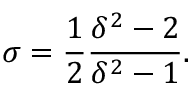
\sigma = \frac 1 2 \frac { \delta ^ { 2 } - 2 } { \delta ^ { 2 } - 1 } .